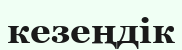
кезеңдік